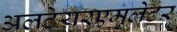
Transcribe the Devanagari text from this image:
अलटेयरएमुलेटर